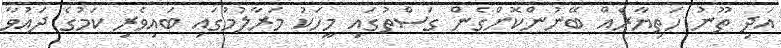
އަދި ތޫނު ހަތިޔާރެއް ބޭނުންކޮށްގެން ގަސްތުގައި މީހަކު މަރާލުމުގައި ބައިވެރި ކަމުގެ ދައުވާ